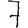
Digit: 7